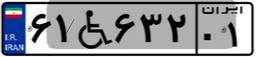
۶۱W۶۳۲۰۱